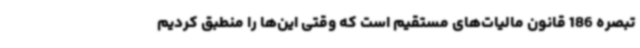
تبصره 186 قانون مالیات‌های مستقیم است که وقتی این‌ها را منطبق کردیم